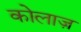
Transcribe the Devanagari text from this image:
कोलाज़